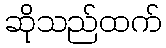
ဆိုသည်ထက်